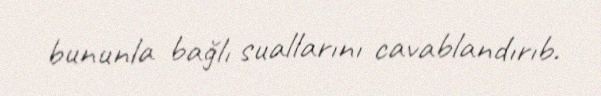
bununla bağlı suallarını cavablandırıb.